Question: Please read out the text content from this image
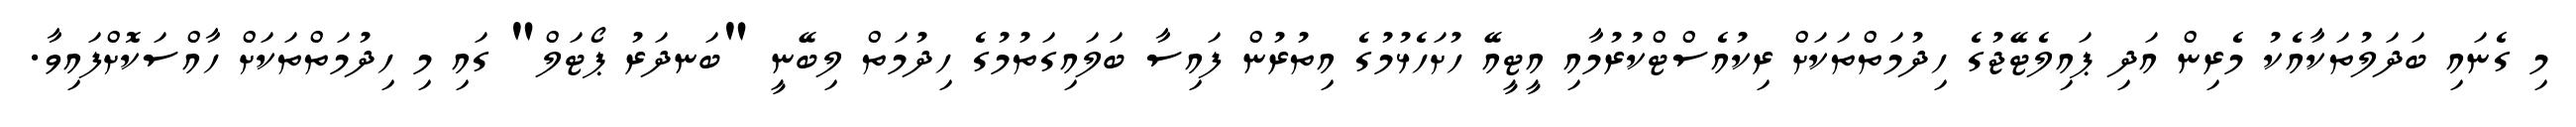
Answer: މި ގެނައި ބަދަލުތަކާއެކު މެރިން އަދި ޕައިލެޓޭޖުގެ ހިދުމަތްތަކަށް ރިކުއެސްޓްކުރުމާއި އީޓީއޭ ހުށަހެޅުމުގެ އިތުރުން ފައިސާ ބަލައިގަތުމުގެ ހިދުމަތް ލިބޭނީ "ބަނދަރު ޕޯޓަލް" ގައި މި ހިދުމަތްތަކަށް ހާއްސަކޮށްފައިވާ.